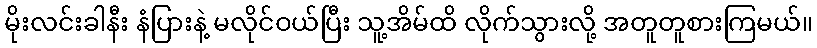
မိုးလင်းခါနီး နံပြားနဲ့ မလိုင်ဝယ်ပြီး သူ့အိမ်ထိ လိုက်သွားလို့ အတူတူစားကြမယ်။